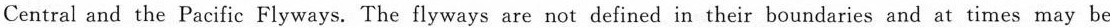
Central and the Pacific Flyways. The flyways are not defined in their boundaries and at times may be